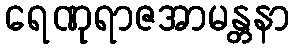
ရေဏုရာဇအာမန္တနာ